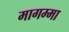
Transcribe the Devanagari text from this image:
मागम्मा